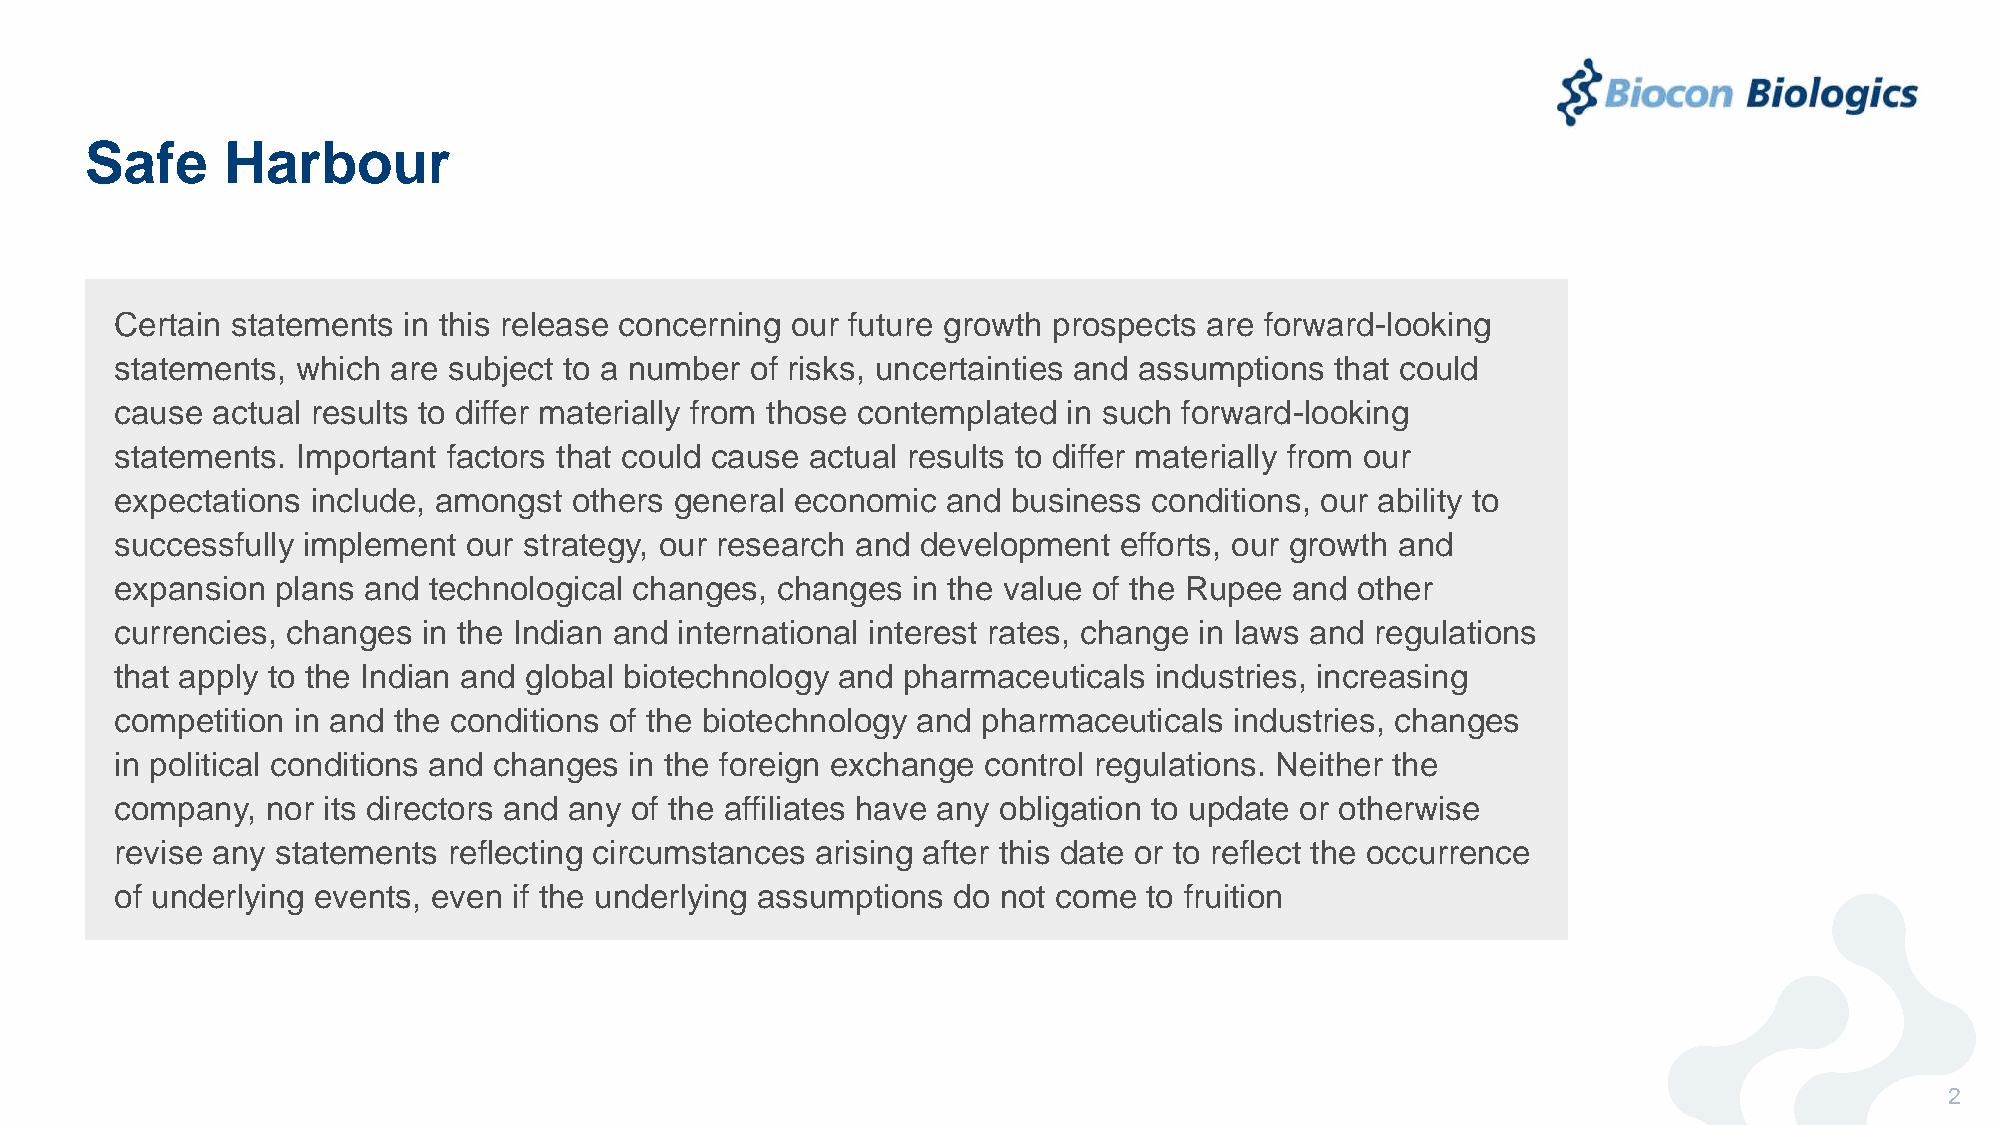
Safe     Harbour
 Certain statements in this release concerning our future growth prospects are forward-looking
 statements, which are subject to a number of risks, uncertainties and assumptions that could
 cause actual results to differ materially from those contemplated in such forward-looking
 statements. Important factors that could cause actual results to differ materially from our
 expectations include, amongst others general economic  and business conditions, our ability to
 successfully implement our strategy, our research and development efforts, our growth and
 expansion plans and technological changes, changes  in the value of the Rupee and other
 currencies, changes in the Indian and international interest rates, change in laws and regulations
 that apply to the Indian and global biotechnology and pharmaceuticals industries, increasing
 competition in and the conditions of the biotechnology and pharmaceuticals industries, changes
 in political conditions and changes in the foreign exchange control regulations. Neither the
 company,  nor its directors and any of the affiliates have any obligation to update or otherwise
 revise any statements reflecting circumstances arising after this date or to reflect the occurrence
 of underlying events, even if the underlying assumptions do not come to fruition
 2